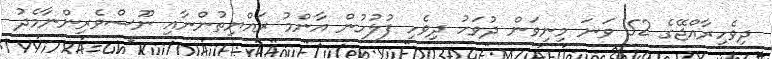
ދިވެހިރާއްޖޭގެ 52 ވަަނަ މިނިވަން ދުވަހު ދިވެހި ފުލުހުން އާންމު ރައްޔިތުންނާއި ނޫސްވެރިންނާމެދު